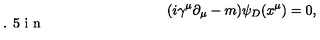
( i \gamma ^ { \mu } \partial _ { \mu } - m ) \psi _ { D } ( x ^ { \mu } ) = 0 , \vspace { 0 . 5 i n }